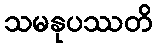
သမနုပဿတိ